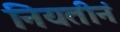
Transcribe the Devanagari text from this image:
नियतीनं